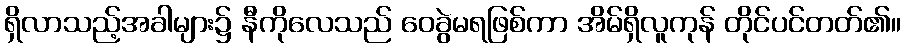
ရှိလာသည့်အခါများ၌ နီကိုလေသည် ဝေခွဲမရဖြစ်ကာ အိမ်ရှိလူကုန် တိုင်ပင်တတ်၏။